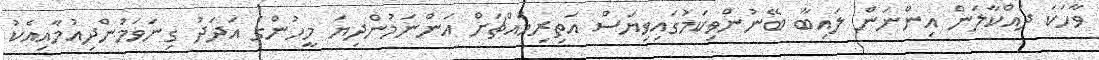
ވާހަކަ ދައްކާލަން އިންނަން ލައިބާ ބޭނުންވިކަމުގައިވިޔަސް އަތިރިމައްޗަށް އަންނަމުންދިޔަ މީހުންގެ އަދަދު ގިނަވަމުންދިއުމާއިއެކު